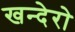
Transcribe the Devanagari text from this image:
खन्देरो